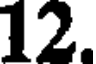
12.